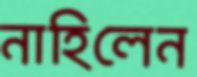
নাহিলেন